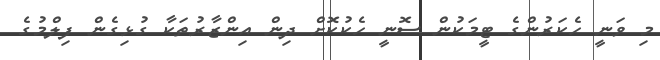
މި ވަނީ ހެކަރުންގެ ޓީމަކުން ސޮނީ ހެކުކޮށް ދިން އިންޒާރުތަކާ ގުޅިގެން ފިލްމުގެ